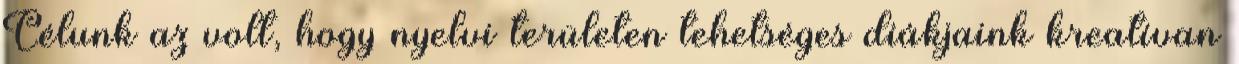
Célunk az volt, hogy nyelvi területen tehetséges diákjaink kreatívan